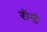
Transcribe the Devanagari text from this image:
रॉंनी